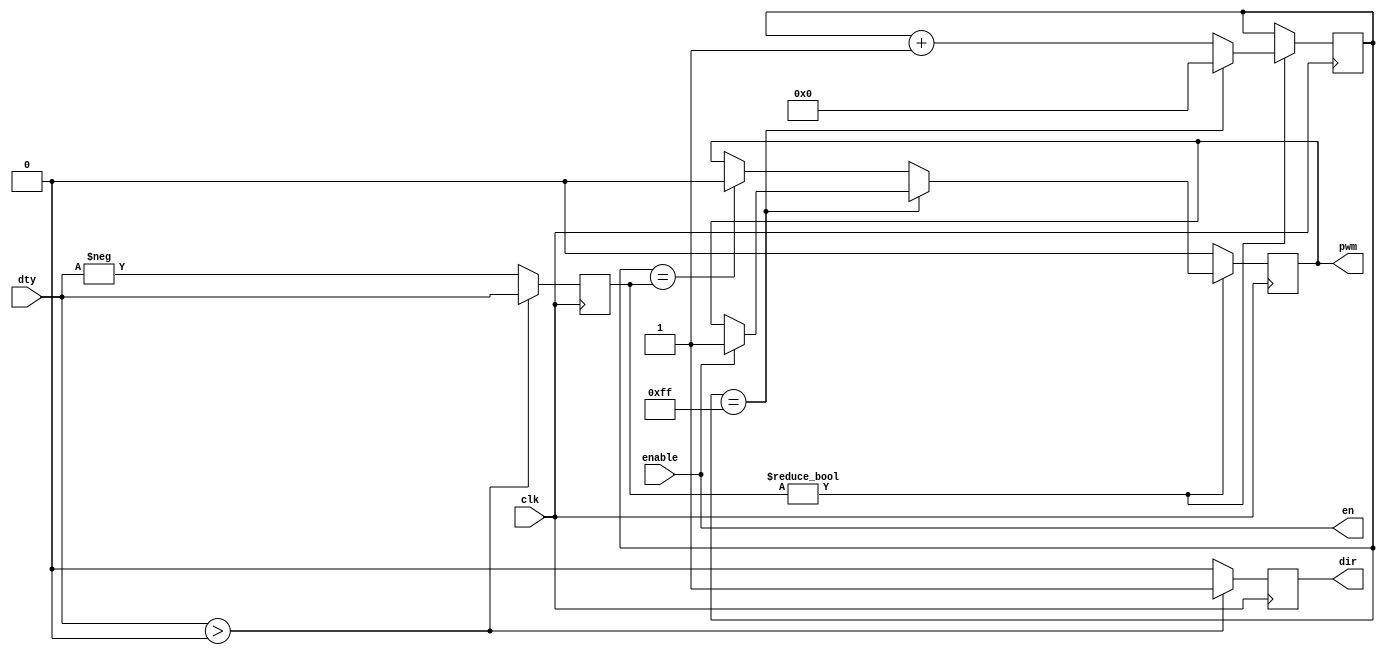
// This program was cloned from: https://github.com/multigcs/riocore
// License: GNU General Public License v2.0


module pwmout
    #(parameter DIVIDER = 255)
     (
         input clk,
         input signed [31:0] dty,
         input enable,
         output reg dir = 0,
         output pwm,
         output en
     );
    reg [31:0] dtyAbs = 32'd0;
    reg pulse = 0;
    assign en = enable;
    assign pwm = pulse;
    reg [31:0] counter = 0;
    always @ (posedge clk) begin
        if (dty > 0) begin
            dtyAbs <= dty;
            dir <= 1;
        end else begin
            dtyAbs <= -dty;
            dir <= 0;
        end
        if (dtyAbs != 0) begin
            counter <= counter + 1;
            if (counter == DIVIDER) begin
                if (enable) begin
                    pulse <= 1;
                end
                counter <= 0;
            end else if (counter == dtyAbs) begin
                pulse <= 0;
            end
        end else begin
            pulse <= 0;
        end
    end
endmodule